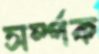
সর্ম্পক